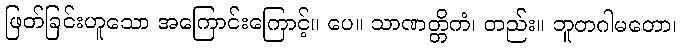
ဖြတ်ခြင်းဟူသော အကြောင်းကြောင့်။ ပေ။ သာဏတ္တိကံ၊ တည်း။ ဘူတဂါမတော၊